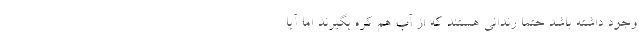
وجود داشته باشد حتماً رندانی هستند که از آب هم کره بگیرند اما آیا